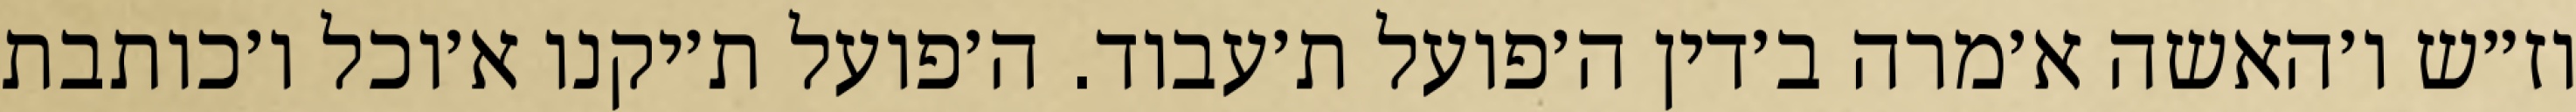
וז״ש ו׳האשה א׳מרה ב׳דין ה׳פועל ת׳עבוד. ה׳פועל ת׳יקנו א׳וכל ו׳כותבת